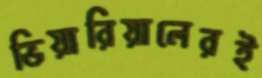
ভিয়ারিয়ালেরই